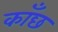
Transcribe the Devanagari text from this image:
काँछ